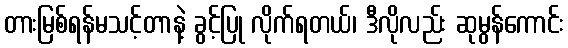
တားမြစ်ရန်မသင့်တာနဲ့ ခွင့်ပြု လိုက်ရတယ်၊ ဒီလိုလည်း ဆုမွန်ကောင်း